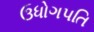
ઉધોગપતિ